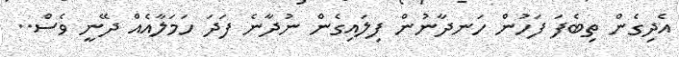
އެދިގެން ތިބެފަ ފަހުން ހަނދާނުން ފިލައިގެން ނުދާނެ ފަދަ ހަމަލާއެއް ދޭނީ ވެސް..